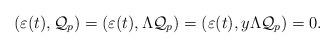
LaTeX: \begin{align*}(\varepsilon(t),\mathcal{Q}_p)=(\varepsilon(t),\Lambda \mathcal{Q}_p)=(\varepsilon(t),y\Lambda \mathcal{Q}_p)=0.\end{align*}